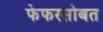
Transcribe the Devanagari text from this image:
फेफरसोबत